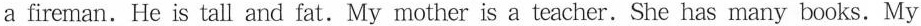
a fireman. He is tall and fat. My mother is a teacher. She has many books. My